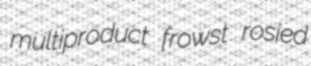
multiproduct frowst rosied